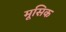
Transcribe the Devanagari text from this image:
मूसिक